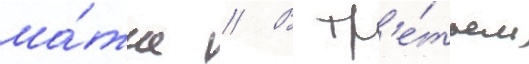
ма́тче // В тр'е́тьем